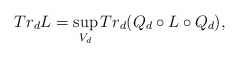
\begin{align*}Tr_dL=\sup_{V_d}Tr_d(Q_d\circ L\circ Q_d),\end{align*}